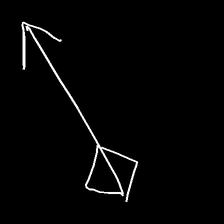
Glyph: focus